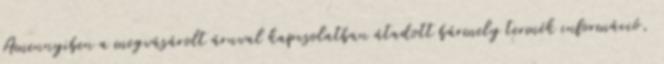
Amennyiben a megvásárolt áruval kapcsolatban átadott bármely termék információ,